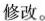
修改。